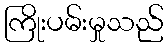
ကြိုးပမ်းမှုသည်